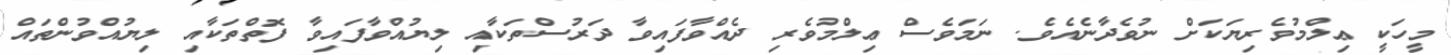
މީހަކީ ޢިލްމުވެރިޔަކަށް ނުވެދާނެއެވެ. ނަމަވެސް ޢިލްމުވެރި ދެއްވާފައިވާ ދަރުސްތަކާއި ލިޔުއްވާފައިވާ ފޮތްތަކާއި ލިޔުއްވުންތައް